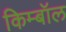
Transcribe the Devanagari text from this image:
किम्बॉल